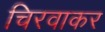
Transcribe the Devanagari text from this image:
चिरवाकर